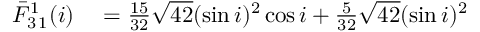
\begin{array} { r l } { \bar { F } _ { 3 \, 1 } ^ { 1 } ( i ) } & { { } = \frac { 1 5 } { 3 2 } \sqrt { 4 2 } ( \sin i ) ^ { 2 } \cos i + \frac { 5 } { 3 2 } \sqrt { 4 2 } ( \sin i ) ^ { 2 } } \end{array}